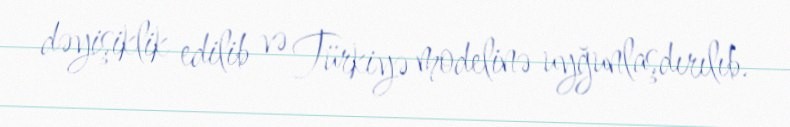
dəyişiklik edilib və Türkiyə modelinə uyğunlaşdırılıb.